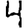
Digit: 4